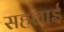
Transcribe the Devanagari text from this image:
सहलाई